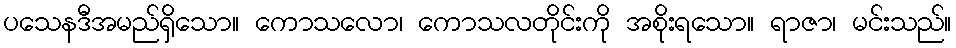
ပသေနဒီအမည်ရှိသော။ ကောသလော၊ ကောသလတိုင်းကို အစိုးရသော။ ရာဇာ၊ မင်းသည်။